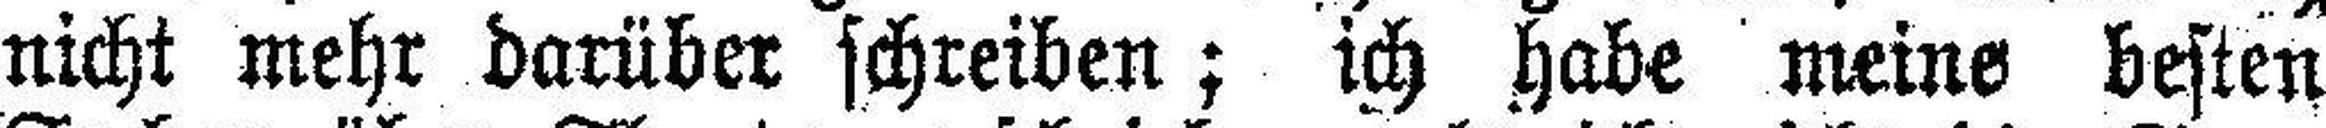
nicht mehr darüber schreiben; ich habe meine besten